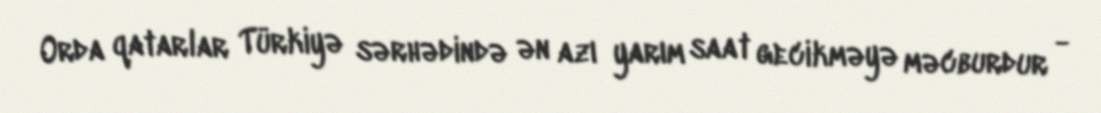
Orda qatarlar Türkiyə sərhədində ən azı yarım saat gecikməyə məcburdur -